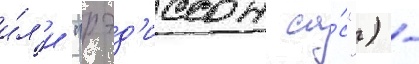
и́л'и "рэд'иссон са́с") -